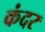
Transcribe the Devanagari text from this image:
कंदर